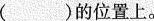
()的位置上。